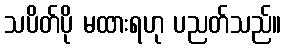
သပိတ်ပို မထားရဟု ပညတ်သည်။